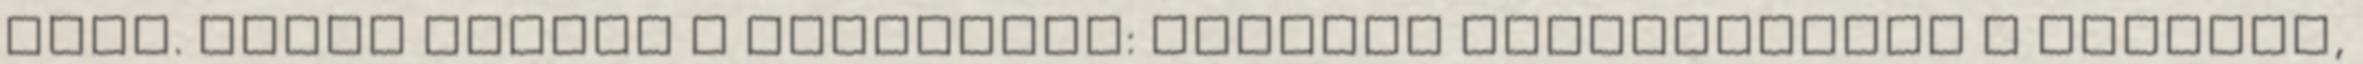
lesz. Sülés közben a tennivaló: egyszer megfordítani a csirkét,